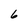
Character: 6